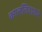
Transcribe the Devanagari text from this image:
काललिदासन्टे